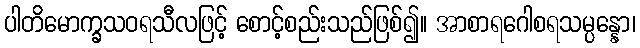
ပါတိမောက္ခသဝရသီလဖြင့် စောင့်စည်းသည်ဖြစ်၍။ အာစာရဂေါစရသမ္ပန္နော၊